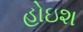
હોઇશ